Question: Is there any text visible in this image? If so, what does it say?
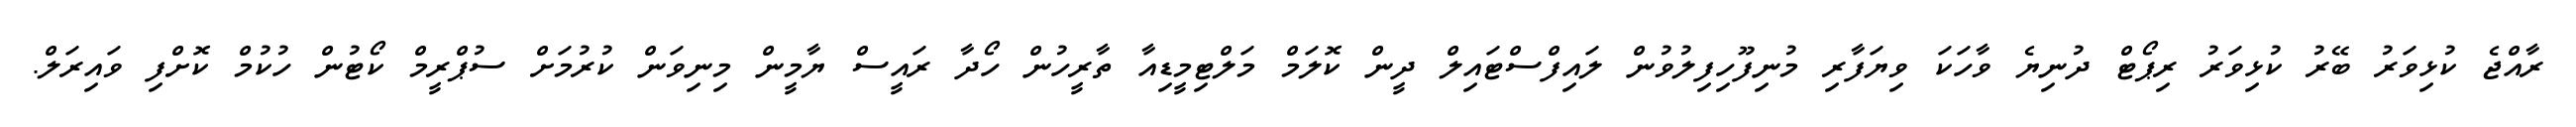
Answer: ރާއްޖެ ކުޅިވަރު ބޭރު ކުޅިވަރު ރިޕޯޓް ދުނިޔެ ވާހަކަ ވިޔަފާރި މުނިފޫހިފިލުވުން ލައިފްސްޓައިލް ދީން ކޮލަމް މަލްޓިމީޑިއާ ތާރީހުން ހޯދާ ރައީސް ޔާމީން މިނިވަން ކުރުމަށް ސުޕްރީމް ކޯޓުން ހުކުމް ކޮށްފި ވައިރަލް.